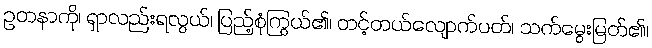
ဥတနာကို၊ ရှာလည်းရလွယ်၊ ပြည့်စုံကြွယ်၏၊ တင့်တယ်လျောက်ပတ်၊ သက်မွေးမြတ်၏၊